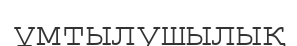
ұмтылушылық